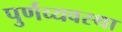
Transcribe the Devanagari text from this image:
पुर्णव्यवस्था